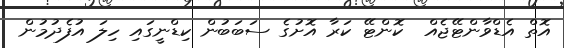
އޮތް އެޑްވާންޓޭޖެއް  ކޮންޓޭ ކަރާ އޮށުގެ ސަބަބުން ކިޑްނީގައި ހިލަ އުފެދުމުން